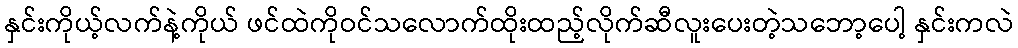
နှင်းကိုယ့်လက်နဲ့ကိုယ် ဖင်ထဲကိုဝင်သလောက်ထိုးထည့်လိုက်ဆီလူးပေးတဲ့သဘော့ပေါ့ နှင်းကလဲ